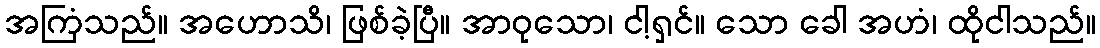
အကြံသည်။ အဟောသိ၊ ဖြစ်ခဲ့ပြီ။ အာဝုသော၊ ငါ့ရှင်။ သော ခေါ အဟံ၊ ထိုငါသည်။